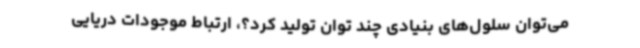
می‌توان سلول‌های بنیادی چند توان تولید کرد؟، ارتباط موجودات دریایی